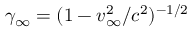
\gamma _ { \infty } = ( 1 - v _ { \infty } ^ { 2 } / c ^ { 2 } ) ^ { - 1 / 2 }